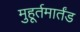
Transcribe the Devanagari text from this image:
मुहूर्तमार्तंड